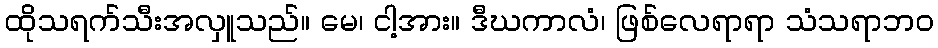
ထိုသရက်သီးအလှူသည်။ မေ၊ ငါ့အား။ ဒီဃကာလံ၊ ဖြစ်လေရာရာ သံသရာဘဝ